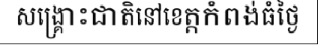
សង្គ្រោះជាតិនៅខេត្តកំពង់ធំថ្ងៃ